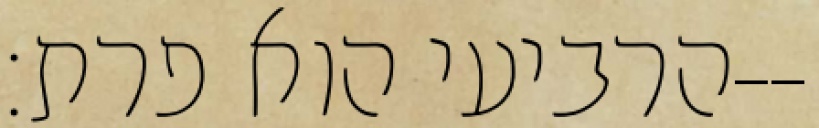
הרביעי הוא פרת׃--